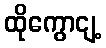
ထိုကွောငျ့